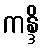
ကန္ဒိ